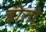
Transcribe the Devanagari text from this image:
होतो़